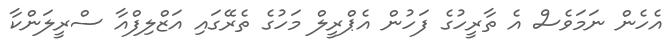
އެހެން ނަމަވެސް އެ ތާރީހުގެ ފަހުން އެޕްރީލް މަހުގެ ތެރޭގައި އަޒްލިފްއާ ސްރީލަންކާ